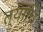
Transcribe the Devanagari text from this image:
त्यांचि